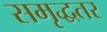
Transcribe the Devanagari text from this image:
समृद्धतर